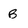
Character: B